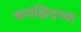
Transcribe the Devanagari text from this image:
बायेझिदच्या